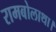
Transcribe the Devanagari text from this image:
रामबोलाथा।